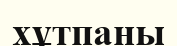
хұтпаны